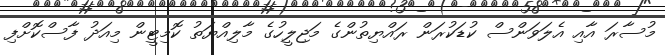
މުސާރަ އާއި އެލަވަންސް ކުޑަކުރަން ރައްޔިތުންގެ މަޖިލީހުގެ މާލިއްޔަތު ކޮމިޓީން މިއަދު ފާސްކޮށްފި